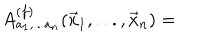
LaTeX: A _ { a _ { 1 } , . . . a _ { n } } ^ { ( f ) } ( \vec { x } _ { 1 } , . . . , \vec { x } _ { n } ) =